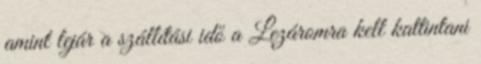
amint lejár a szállítási idő a Lezáromra kell kattintani